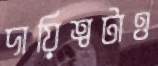
দায়িত্বটাও